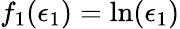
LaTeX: f_{1}(\epsilon_{1})=\ln(\epsilon_{1})